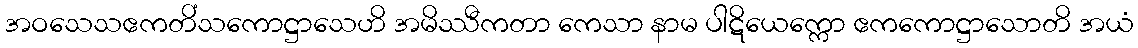
အဝသေသဧကတိံသကောဋ္ဌာသေဟိ အမိဿီကတာ ကေသာ နာမ ပါဋိယေက္ကော ဧကကောဋ္ဌာသောတိ အယံ